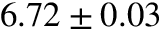
6 . 7 2 \pm 0 . 0 3